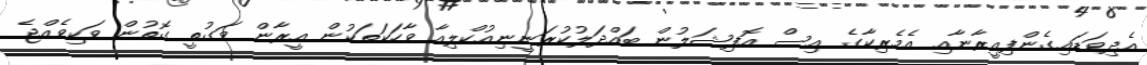
އެދިވަޑައިގެންފިއީރާނާއި އެމެރިކާގެ އިސް އޮފިޝަލުން ބައްދަލުކުރަނީނިއުކްލިއާ ވާހަކަތަކުން އީރާން ވަގުތީ ގޮތުން ވަކިވެއްޖެ